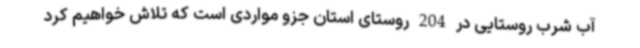
آب شرب روستایی در 204 روستای استان جزو مواردی است که تلاش خواهیم کرد